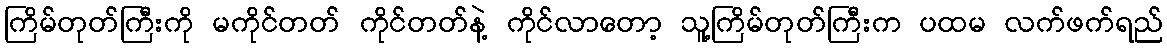
ကြိမ်တုတ်ကြီးကို မကိုင်တတ် ကိုင်တတ်နဲ့ ကိုင်လာတော့ သူ့ကြိမ်တုတ်ကြီးက ပထမ လက်ဖက်ရည်